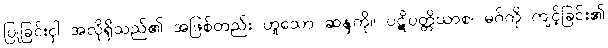
ပြုခြင်းငှါ အလိုရှိသည်၏ အဖြစ်တည်း ဟူသော ဆန္ဒကို။ ပဋိပတ္တိယာစ၊ မဂ်ကို ကျင့်ခြင်း၏